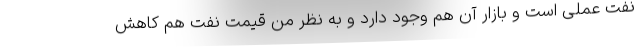
نفت عملی است و بازار آن هم وجود دارد و به نظر من قیمت نفت هم کاهش